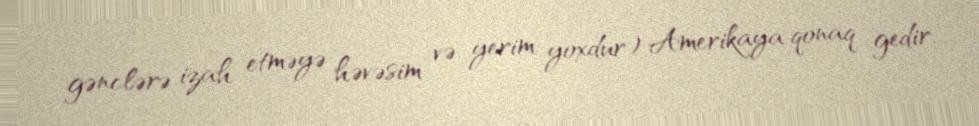
gənclərə izah etməyə həvəsim və yerim yoxdur) Amerikaya qonaq gedir.